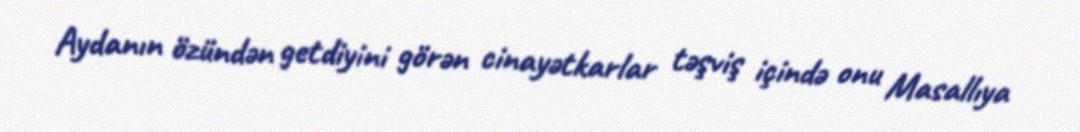
Aydanın özündən getdiyini görən cinayətkarlar təşviş içində onu Masallıya